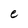
Character: e